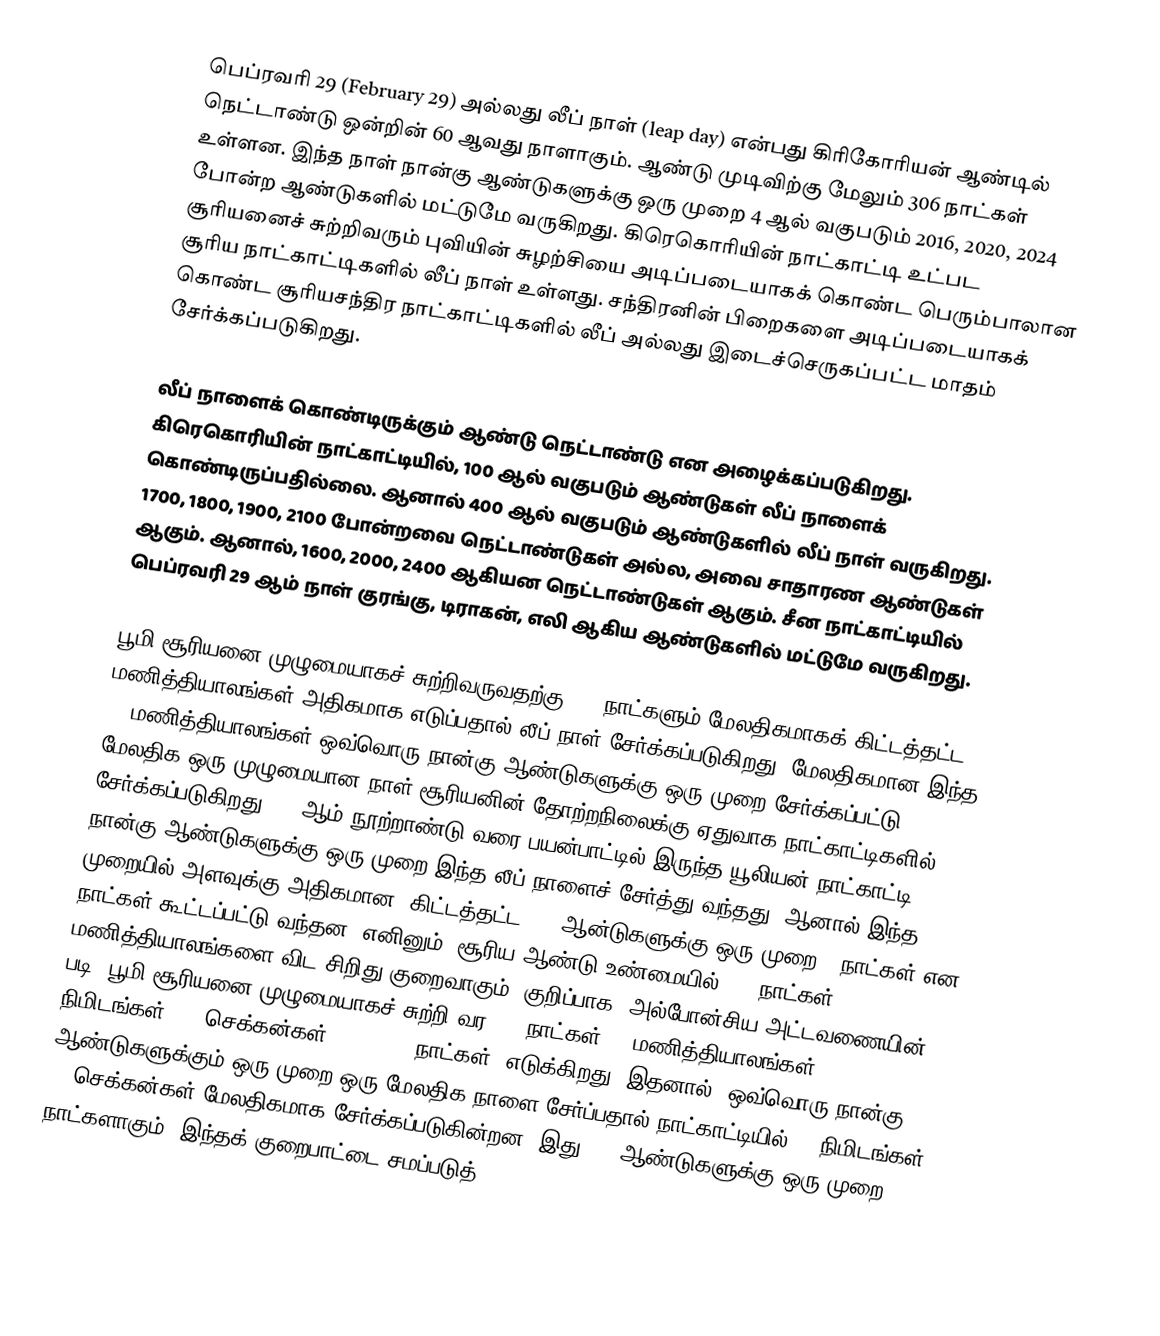
பெப்ரவரி 29 (February 29) அல்லது லீப் நாள் (leap day) என்பது கிரிகோரியன் ஆண்டில் நெட்டாண்டு ஒன்றின் 60 ஆவது நாளாகும். ஆண்டு முடிவிற்கு மேலும் 306 நாட்கள் உள்ளன. இந்த நாள் நான்கு ஆண்டுகளுக்கு ஒரு முறை 4 ஆல் வகுபடும் 2016, 2020, 2024 போன்ற ஆண்டுகளில் மட்டுமே வருகிறது. கிரெகொரியின் நாட்காட்டி உட்பட சூரியனைச் சுற்றிவரும் புவியின்  சுழற்சியை அடிப்படையாகக் கொண்ட பெரும்பாலான சூரிய நாட்காட்டிகளில் லீப் நாள் உள்ளது. சந்திரனின் பிறைகளை அடிப்படையாகக் கொண்ட சூரியசந்திர நாட்காட்டிகளில் லீப் அல்லது இடைச்செருகப்பட்ட மாதம் சேர்க்கப்படுகிறது.

லீப் நாளைக் கொண்டிருக்கும் ஆண்டு நெட்டாண்டு என அழைக்கப்படுகிறது. கிரெகொரியின் நாட்காட்டியில், 100 ஆல் வகுபடும் ஆண்டுகள் லீப் நாளைக் கொண்டிருப்பதில்லை. ஆனால் 400 ஆல் வகுபடும் ஆண்டுகளில் லீப் நாள் வருகிறது. 1700, 1800, 1900, 2100 போன்றவை நெட்டாண்டுகள் அல்ல, அவை சாதாரண ஆண்டுகள் ஆகும். ஆனால், 1600, 2000, 2400 ஆகியன நெட்டாண்டுகள் ஆகும். சீன நாட்காட்டியில் பெப்ரவரி 29 ஆம் நாள் குரங்கு, டிராகன், எலி ஆகிய ஆண்டுகளில் மட்டுமே வருகிறது.

பூமி சூரியனை முழுமையாகச் சுற்றிவருவதற்கு 365 நாட்களும் மேலதிகமாகக் கிட்டத்தட்ட 6 மணித்தியாலங்கள் அதிகமாக எடுப்பதால் லீப் நாள் சேர்க்கப்படுகிறது. மேலதிகமான இந்த 24 மணித்தியாலங்கள் ஒவ்வொரு நான்கு ஆண்டுகளுக்கு ஒரு முறை சேர்க்கப்பட்டு, மேலதிக ஒரு முழுமையான நாள் சூரியனின் தோற்றநிலைக்கு ஏதுவாக நாட்காட்டிகளில் சேர்க்கப்படுகிறது. 16-ஆம் நூற்றாண்டு வரை பயன்பாட்டில் இருந்த யூலியன் நாட்காட்டி நான்கு ஆண்டுகளுக்கு ஒரு முறை இந்த லீப் நாளைச் சேர்த்து வந்தது; ஆனால் இந்த முறையில் அளவுக்கு அதிகமான (கிட்டத்தட்ட 400 ஆன்டுகளுக்கு ஒரு முறை 3 நாட்கள் என) நாட்கள் கூட்டப்பட்டு வந்தன. எனினும், சூரிய ஆண்டு உண்மையில் 365 நாட்கள் 6 மணித்தியாலங்களை விட சிறிது குறைவாகும். குறிப்பாக, அல்போன்சிய அட்டவணையின் படி, பூமி சூரியனை முழுமையாகச் சுற்றி வர 365 நாட்கள், 5 மணித்தியாலங்கள், 49 நிமிடங்கள், 16 செக்கன்கள் (365.2425 நாட்கள்) எடுக்கிறது. இதனால், ஒவ்வொரு நான்கு ஆண்டுகளுக்கும் ஒரு முறை ஒரு மேலதிக நாளை சேர்ப்பதால் நாட்காட்டியில் 43 நிமிடங்கள் 12 செக்கன்கள் மேலதிகமாக சேர்க்கப்படுகின்றன. இது 400 ஆண்டுகளுக்கு ஒரு முறை 3 நாட்களாகும். இந்தக் குறைபாட்டை சமப்படுத்